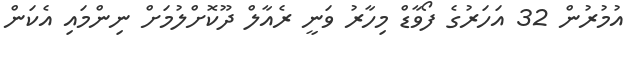
އުމުރުން 32 އަހަރުގެ ފޯވާޑް މިހާރު ވަނީ ރެއާލް ދޫކޮށްލުމަށް ނިންމައި އެކަން